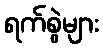
ရက်စွဲများ